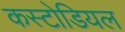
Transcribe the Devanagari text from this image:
कस्टोडियल